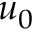
u _ { 0 }